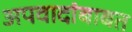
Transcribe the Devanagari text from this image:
अपवादांबाबत